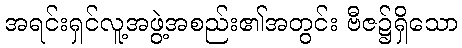
အရင်းရှင်လူ့အဖွဲ့အစည်း၏အတွင်း ဗီဇ၌ရှိသော